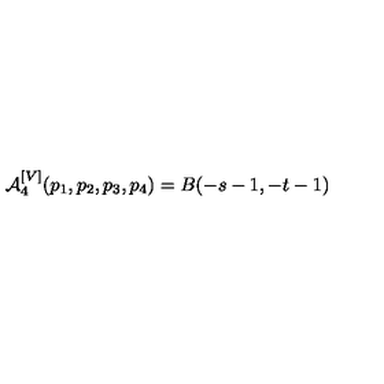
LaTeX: { \cal A } _ { 4 } ^ { [ V ] } ( p _ { 1 } , p _ { 2 } , p _ { 3 } , p _ { 4 } ) = B ( - s - 1 , - t - 1 )